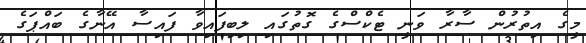
މީގެ އިތުރުން ސާރާ ވަނީ ޓެކްސްގެ ގޮތުގައި ލިބިފައިވާ ފައިސާ އޭނާގެ ބައްޕަގެ